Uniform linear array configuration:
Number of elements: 16
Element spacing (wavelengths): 1
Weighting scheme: hamming
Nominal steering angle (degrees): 0
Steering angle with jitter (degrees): -0.8413
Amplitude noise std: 0.05
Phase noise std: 0.05

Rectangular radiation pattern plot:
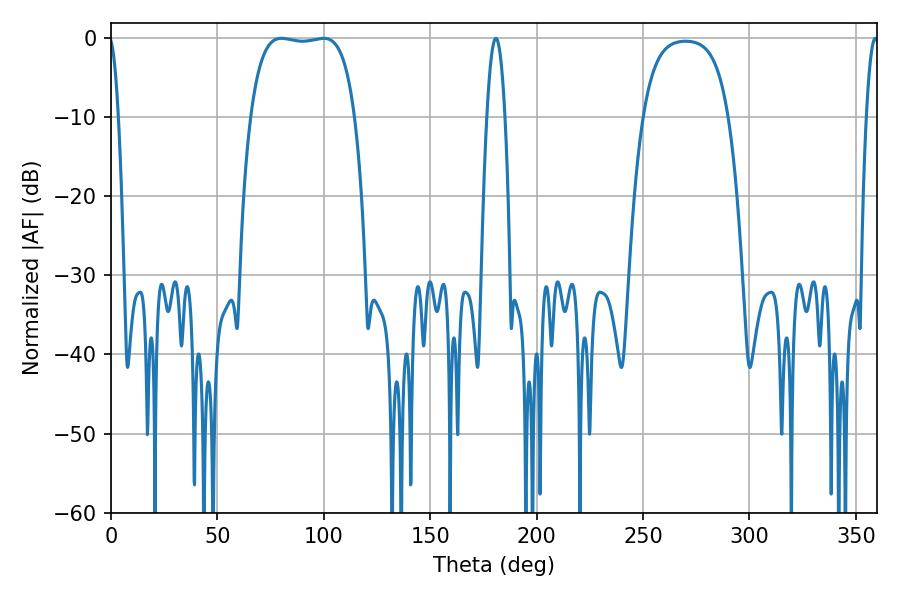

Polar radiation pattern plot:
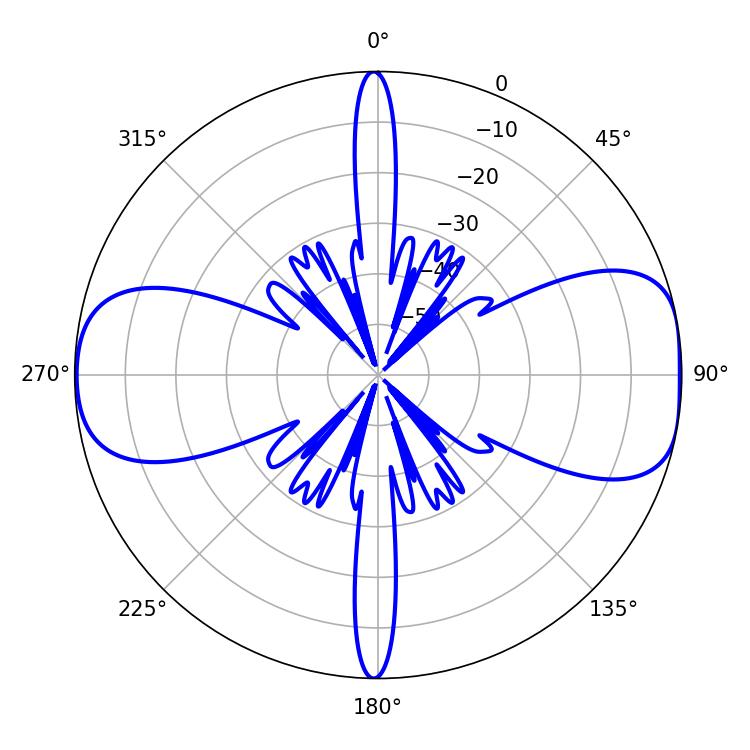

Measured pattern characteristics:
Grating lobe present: TRUE
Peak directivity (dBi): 9.792
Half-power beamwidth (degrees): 38.88
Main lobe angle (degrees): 80.1